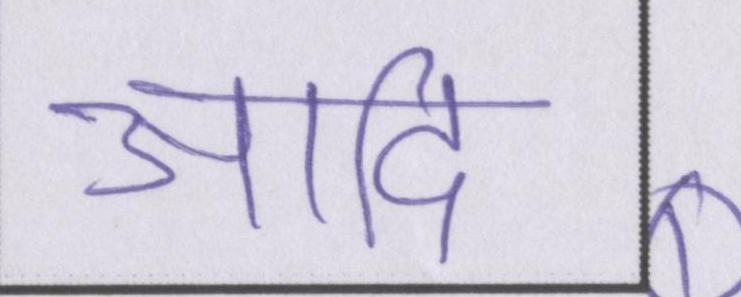
आदि